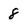
Character: 8